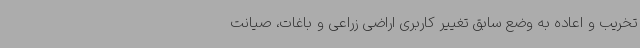
تخریب و اعاده به وضع سابق تغییر کاربری اراضی زراعی و باغات، صیانت